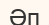
Әп